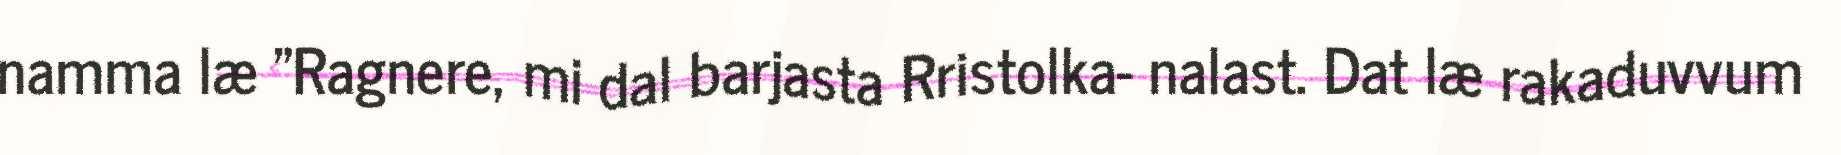
namma læ "Ragnere, mi dal barjasta Rristolka- nalast. Dat læ rakaduvvum